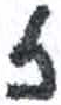
אות: ז